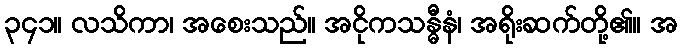
၃၄၁။ လသိကာ၊ အစေးသည်။ အငိုကသန္ဓီနံ၊ အရိုးဆက်တို့၏။ အ